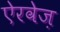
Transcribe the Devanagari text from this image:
ऐरवेज़